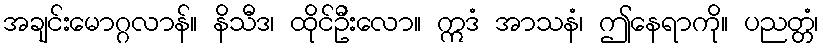
အချင်းမောဂ္ဂလာန်။ နိသီဒ၊ ထိုင်ဦးလော။ ဣဒံ အာသနံ၊ ဤနေရာကို။ ပညတ္တံ၊